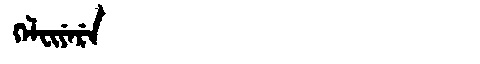
Manchu: ᡴᡝᠯᠸᡳᠶᡝᡵᡝ
Romanization: KELFIYERE